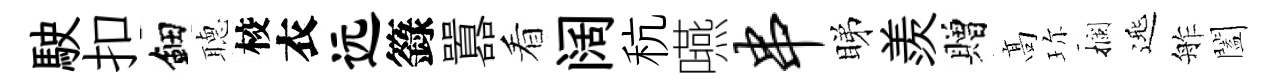
駛扣鈿𦗟校衣远籙囂看阔秔嚥串睇羨贈髙珎攔𨓱舴闔